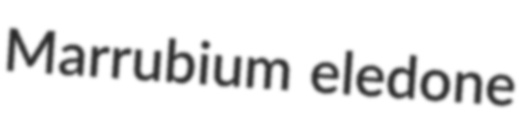
Marrubium eledone